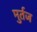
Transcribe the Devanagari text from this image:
मुर्तज